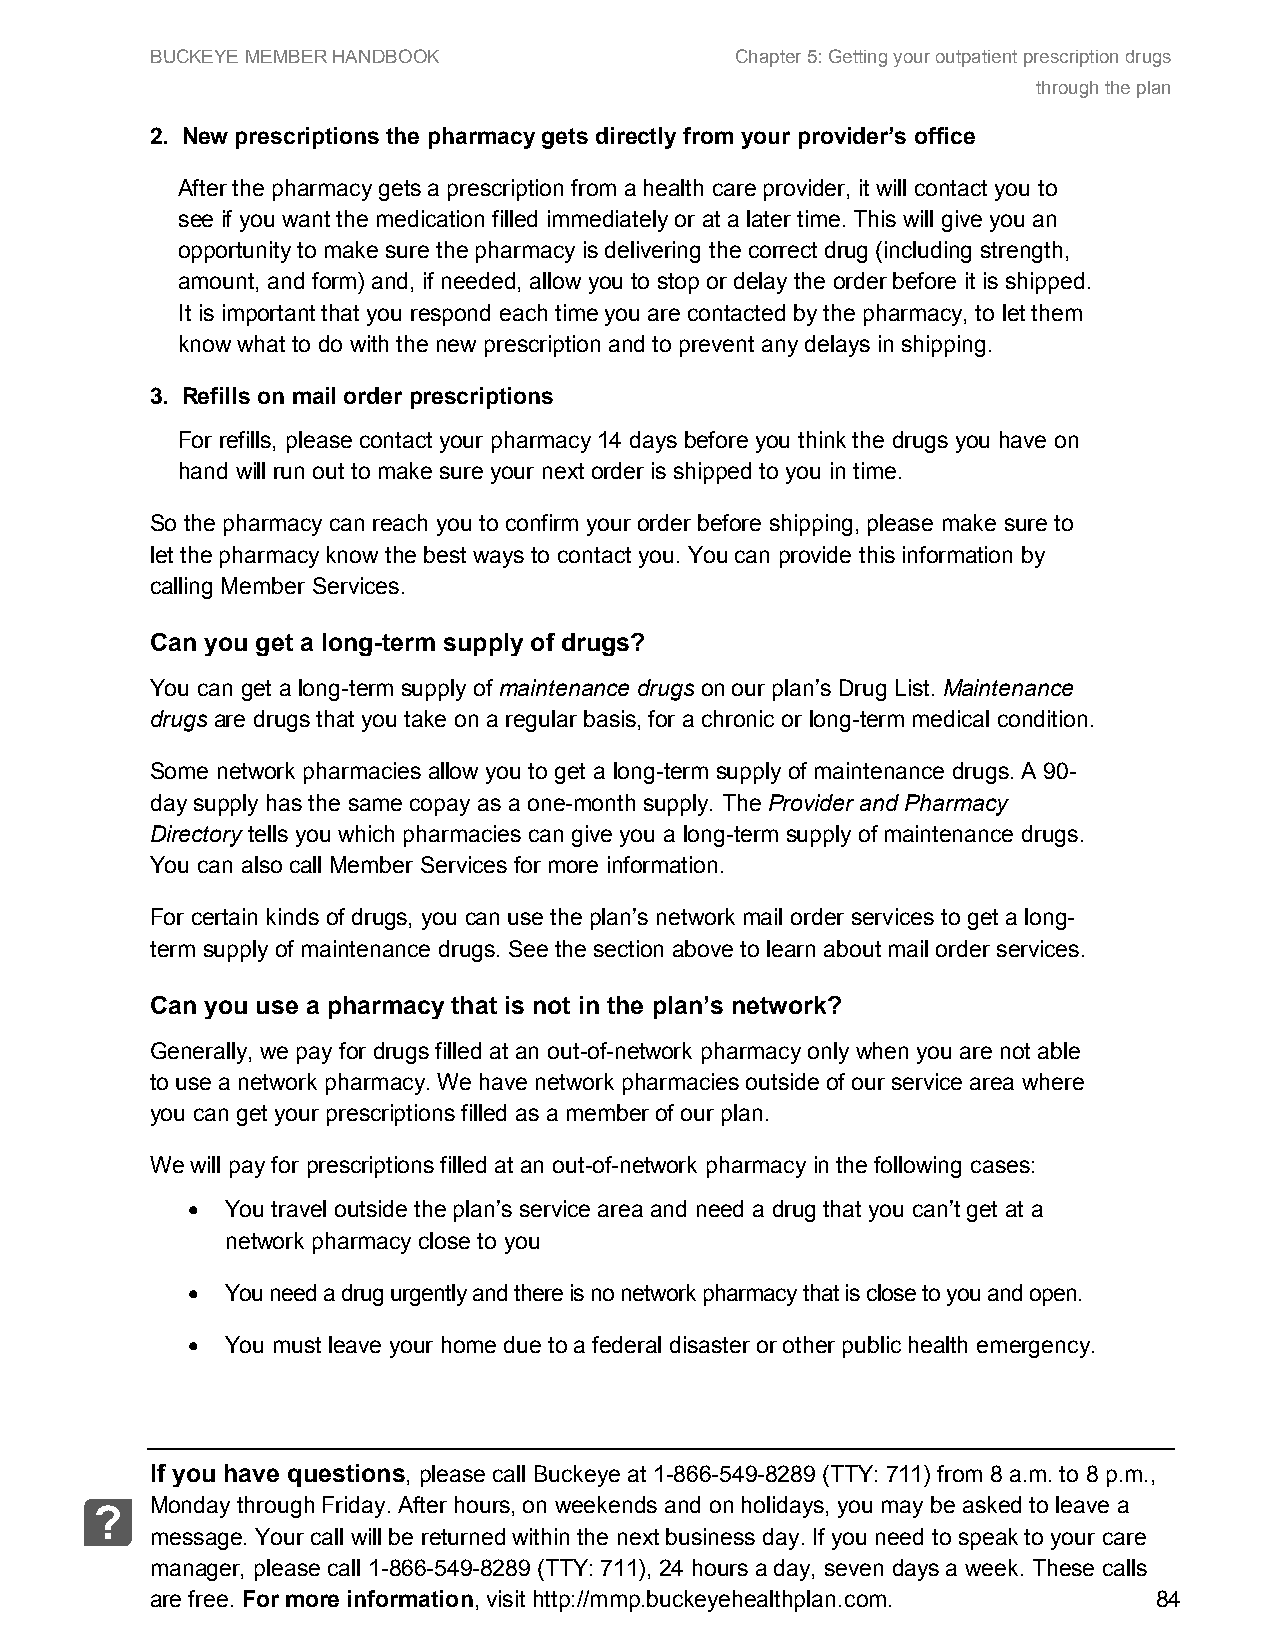
BUCKEYE MEMBER HANDBOOK                Chapter 5: Getting your outpatient prescription drugs
 through the plan
 2. New prescriptions the pharmacy gets directly from your provider’s office
 After the pharmacy gets a prescription from a health care provider, it will contact you to
 see if you want the medication filled immediately or at a later time. This will give you an
 opportunity to make sure the pharmacy is delivering the correct drug (including strength,
 amount, and form) and, if needed, allow you to stop or delay the order before it is shipped.
 It is important that you respond each time you are contacted by the pharmacy, to let them
 know what to do with the new prescription and to prevent any delays in shipping.
 3. Refills on mail order prescriptions
 For refills, please contact your pharmacy 14 days before you think the drugs you have on
 hand will run out to make sure your next order is shipped to you in time.
 So the pharmacy can reach you to confirm your order before shipping, please make sure to
 let the pharmacy know the best ways to contact you. You can provide this information by
 calling Member Services.
 Can you get a long-term supply of drugs?
 You can get a long-term supply of maintenance drugs on our plan’s Drug List. Maintenance
 drugs are drugs that you take on a regular basis, for a chronic or long-term medical condition.
 Some network pharmacies allow you to get a long-term supply of maintenance drugs. A 90-
 day supply has the same copay as a one-month supply. The Provider and Pharmacy
 Directory tells you which pharmacies can give you a long-term supply of maintenance drugs.
 You can also call Member Services for more information.
 For certain kinds of drugs, you can use the plan’s network mail order services to get a long-
 term supply of maintenance drugs. See the section above to learn about mail order services.
 Can you use a pharmacy that is not in the plan’s network?
 Generally, we pay for drugs filled at an out-of-network pharmacy only when you are not able
 to use a network pharmacy. We have network pharmacies outside of our service area where
 you can get your prescriptions filled as a member of our plan.
 We will pay for prescriptions filled at an out-of-network pharmacy in the following cases:
 •  You travel outside the plan’s service area and need a drug that you can’t get at a
 network pharmacy close to you
 •  You need a drug urgently and there is no network pharmacy that is close to you and open.
 •  You must leave your home due to a federal disaster or other public health emergency.
 If you have questions, please call Buckeye at 1-866-549-8289 (TTY: 711) from 8 a.m. to 8 p.m.,
 Monday through Friday. After hours, on weekends and on holidays, you may be asked to leave a
 ?
 message. Your call will be returned within the next business day. If you need to speak to your care
 manager, please call 1-866-549-8289 (TTY: 711), 24 hours a day, seven days a week. These calls
 are free. For more information, visit http://mmp.buckeyehealthplan.com. 84